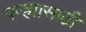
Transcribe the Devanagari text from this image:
पन्ह्यासाठी